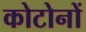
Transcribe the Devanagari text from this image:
कोटोनों